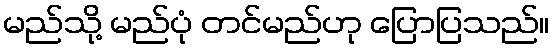
မည်သို့ မည်ပုံ တင်မည်ဟု ပြောပြသည်။